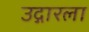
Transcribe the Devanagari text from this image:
उद्गारला